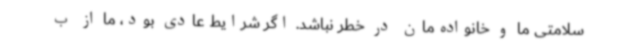
سلامتی ما و خانواده‌مان در خطر نباشد. اگر شرایط عادی بود، ما از ب